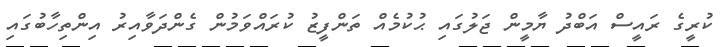
ކުރީގެ ރައީސް އަބްދު ޔާމީން ޖަލުގައި ޙުކުމެއް ތަންފީޒު ކުރައްވަމުން ގެންދަވާއިރު އިންތިހާބުގައި